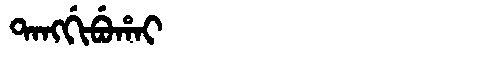
Manchu: ᡨᠠᠩᡤᡳᠪᡠᡥᠠᡳ
Romanization: TANGGIBUHAI